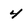
Character: 4